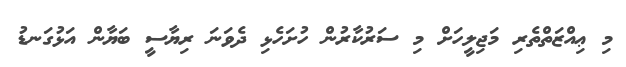
މި ޢިއްޒަތްތެރި މަޖިލީހަށް މި ސަރުކާރުން ހުށަހެޅި ދެވަނަ ރިޔާސީ ބަޔާން އަޅުގަނޑު